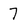
Character: 7